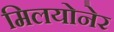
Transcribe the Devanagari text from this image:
मिलयोनेर